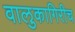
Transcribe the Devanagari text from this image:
वालुकागिरीच